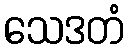
သေဒတံ